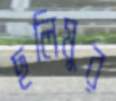
ছলিমুর